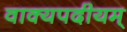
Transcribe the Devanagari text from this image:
वाक्यपदीयम्